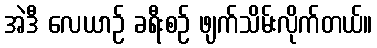
အဲဒီ လေယာဉ် ခရီးစဉ် ဖျက်သိမ်းလိုက်တယ်။